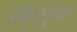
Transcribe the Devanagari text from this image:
निप्मुक